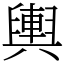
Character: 輿